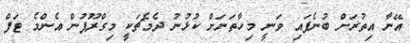
އޭނާ އިތުރަށް ބުނެފައި ވަނީ މިހާތަނަށް ކުޅުނު ދެމެޗަކީ މިގްރޫޕުން އެންމެ ޓަފް